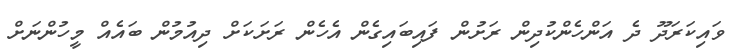
ވައިކަރަދޫ ދެ އަންހެންކުދިން ރަށުން ފައިބައިގެން އެހެން ރަށަކަށް ދިއުމުން ބައެއް މީހުންނަށް